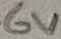
Text: 6V